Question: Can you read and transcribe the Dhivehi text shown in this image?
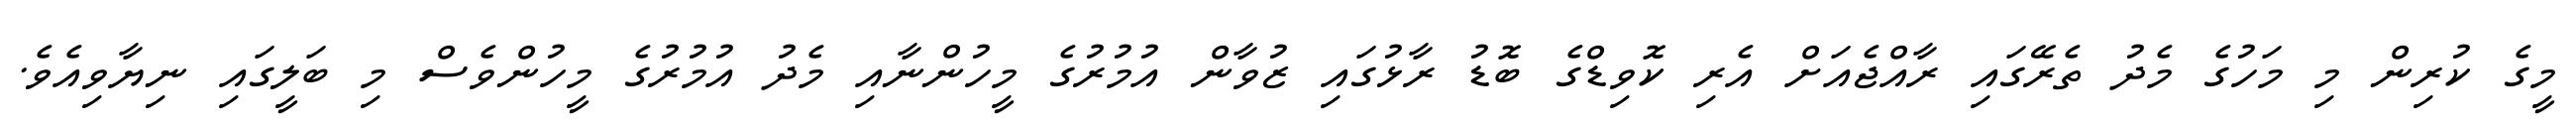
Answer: މީގެ ކުރިން މި މަހުގެ މެދު ތެރޭގައި ރާއްޖެއަށް އެރި ކޮވިޑްގެ ބޮޑު ރާޅުގައި ޒުވާން އުމުރުގެ މީހުންނާއި މެދު އުމުރުގެ މީހުންވެސް މި ބަލީގައި ނިޔާވިއެވެ.